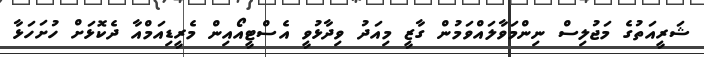
ޝަރީއަތުގެ މަޖުލިސް ނިންމަވާލައްވަމުން ގާޒީ މިއަދު ވިދާޅުވީ އެސްޓީއޯއިން މެރީޑިއަމްއާ ދެކޮޅަށް ހުށަހަޅާ